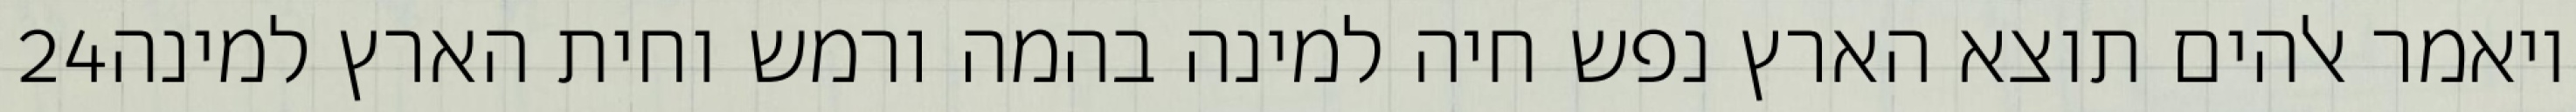
‎24‏ ויאמר אלהים תוצא הארץ נפש חיה למינה בהמה ורמש וחית הארץ למינה